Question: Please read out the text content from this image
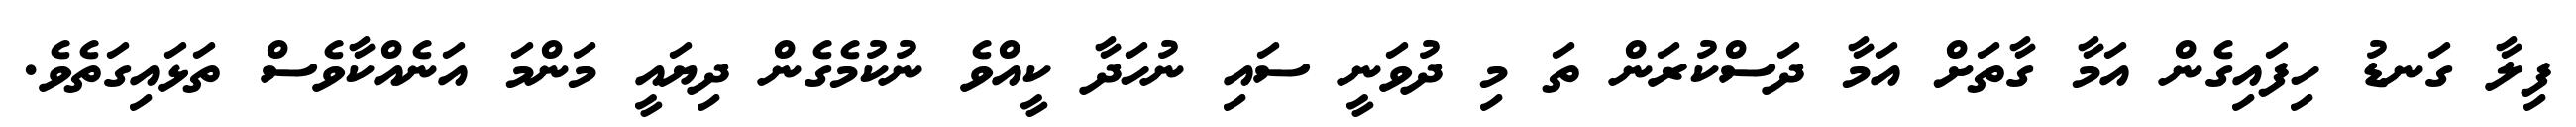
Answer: ފިލާ ގަނޑު ހިފައިގެން އަމާ ގާތަށް އަމާ ދަސްކުރަން ތަ މި ދުވަނީ ސައި ނުހަދާ ކީއްވެ ނުކުމެގެން ދިޔައީ މަންމަ އަނެއްކާވެސް ތަޅައިގަތެވެ.